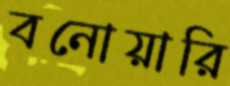
বনোয়ারি